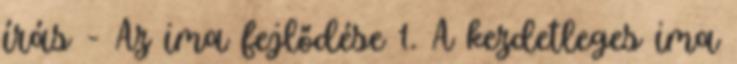
írás - Az ima fejlődése 1. A kezdetleges ima